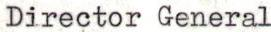
Director General